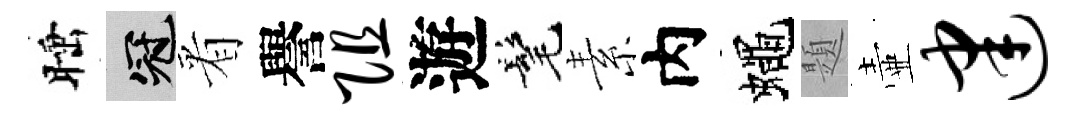
睡冠㸔譽阻遊髦素内蠅題壷建